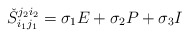
\begin{align*}\check{S}_{i_1j_1}^{j_2i_2}=\sigma_1 E+\sigma_2 P+\sigma_3 I \end{align*}